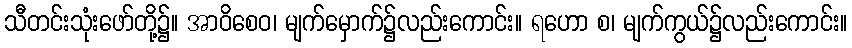
သီတင်းသုံးဖော်တို့၌။ အာဝိစေဝ၊ မျက်မှောက်၌လည်းကောင်း။ ရဟော စ၊ မျက်ကွယ်၌လည်းကောင်း။